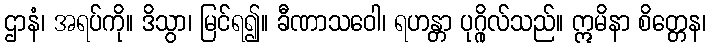
ဌာနံ၊ အရပ်ကို။ ဒိသွာ၊ မြင်ရ၍။ ခီဏာသဝေါ၊ ရဟန္တာ ပုဂ္ဂိုလ်သည်။ ဣမိနာ စိတ္တေန၊